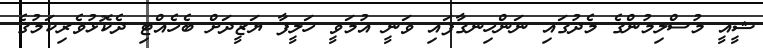
ޝީއީ މުސްލިމުންގެ މެދުގައި ނަންހިނގާފައި ވަނީ އުމަވީ ހަލީފާ ޔަޒީދަށް ބެހެއްޓި ދެކޮޅުވެރިކަމުގެ